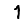
Digit: 1